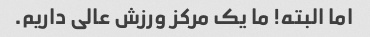
اما البته! ما یک مرکز ورزش عالی داریم.